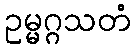
ဥမ္မဂ္ဂသတံ